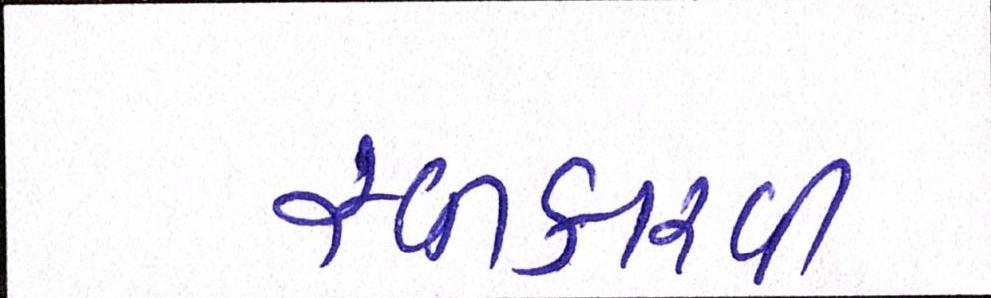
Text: સ્વીકારવી